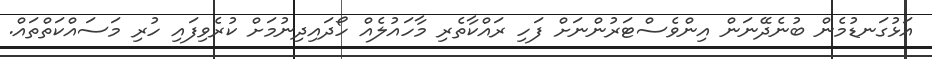
އަޅުގަނޑުމެން ބުނެދޭނަން އިންވެސްޓަރުންނަށް ފަހި ރައްކާތެރި މާހައުލެއް ހޯދައިދިނުމަށް ކުރެވިފައި ހުރި މަސައްކަތްތައް.